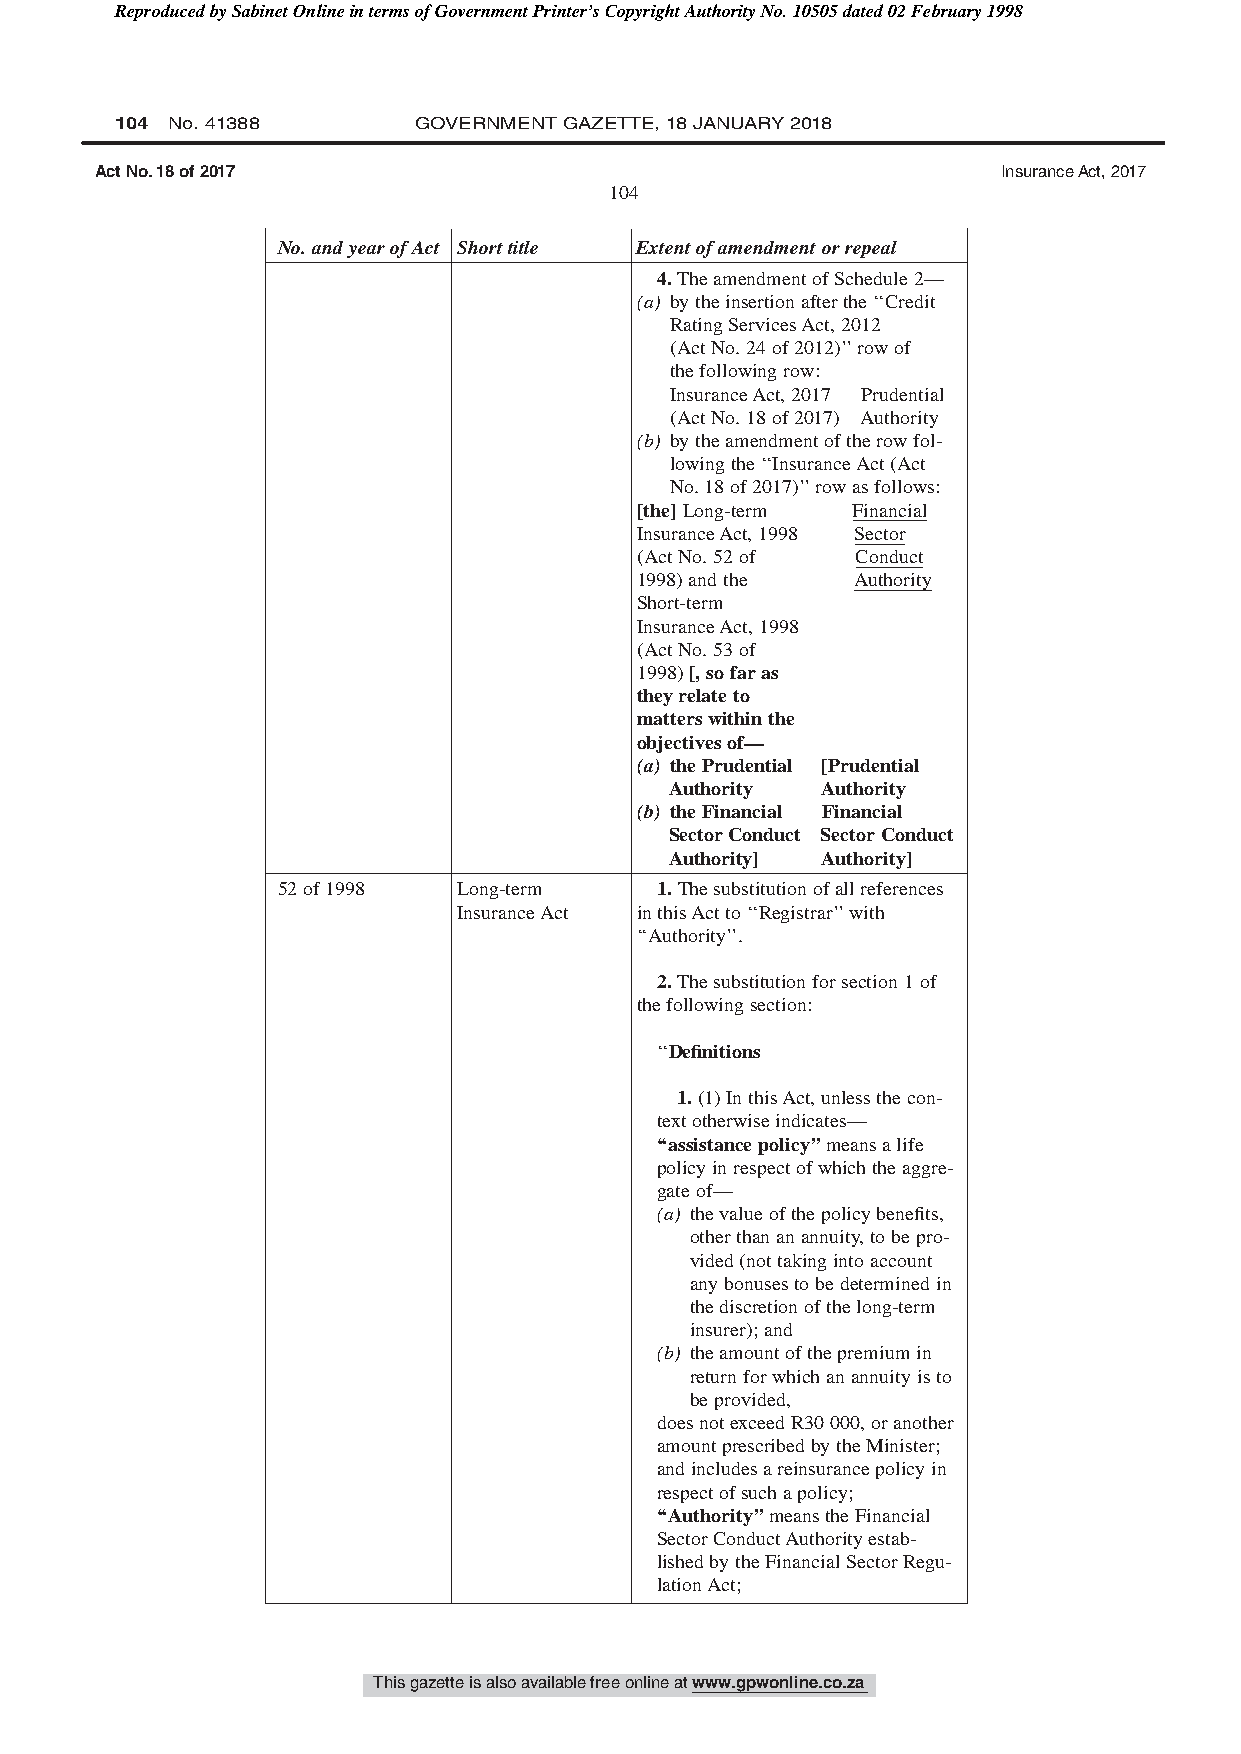
Reproduced by Sabinet Online in terms of Government Printer’s Copyright Authority No. 10505 dated 02 February 1998
 104 No. 41388      GOVERNMENT GAZETTE, 18 JANUARY 2018
 Act No. 18 of 2017                                          Insurance Act, 2017
 104
 No.andyearofAct Shorttitle Extentofamendmentorrepeal
 4.TheamendmentofSchedule2—
 (a) bytheinsertionafterthe‘‘Credit
 RatingServicesAct,2012
 (ActNo.24of2012)’’rowof
 thefollowingrow:
 InsuranceAct,2017 Prudential
 (ActNo.18of2017) Authority
 (b) bytheamendmentoftherowfol-
 lowingthe‘‘InsuranceAct(Act
 No.18of2017)’’rowasfollows:
 [the]Long-term Financial
 InsuranceAct,1998 Sector
 (ActNo.52of    Conduct
 1998)andthe    Authority
 Short-term
 InsuranceAct,1998
 (ActNo.53of
 1998)[,sofaras
 theyrelateto
 matterswithinthe
 objectivesof—
 (a) thePrudential [Prudential
 Authority Authority
 (b) theFinancial Financial
 SectorConduct SectorConduct
 Authority] Authority]
 52of1998    Long-term    1.Thesubstitutionofallreferences
 InsuranceAct inthisActto‘‘Registrar’’with
 ‘‘Authority’’.
 2.Thesubstitutionforsection1of
 thefollowingsection:
 ‘‘Definitions
 1.(1)InthisAct,unlessthecon-
 textotherwiseindicates—
 ‘‘assistancepolicy’’meansalife
 policyinrespectofwhichtheaggre-
 gateof—
 (a) thevalueofthepolicybenefits,
 otherthananannuity,tobepro-
 vided(nottakingintoaccount
 anybonusestobedeterminedin
 thediscretionofthelong-term
 insurer);and
 (b) theamountofthepremiumin
 returnforwhichanannuityisto
 beprovided,
 doesnotexceedR30000,oranother
 amountprescribedbytheMinister;
 andincludesareinsurancepolicyin
 respectofsuchapolicy;
 ‘‘Authority’’meanstheFinancial
 SectorConductAuthorityestab-
 lishedbytheFinancialSectorRegu-
 lationAct;
 This gazette is also available free online at www.gpwonline.co.za